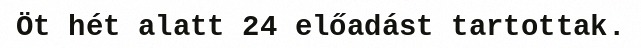
Öt hét alatt 24 előadást tartottak.